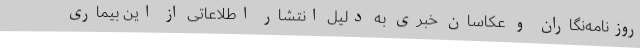
روزنامه‌نگاران و عکاسان خبری به دلیل انتشار اطلاعاتی از این بیماری